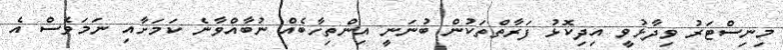
މިނިސްޓަރު ވިދާޅުވީ އިދިކޮޅު ފަރާތްތަކުން ބުނަނީ އިންތިހާބެއް ނުބާއްވާނެ ކަމަށާއި ނަމަވެސް އެ